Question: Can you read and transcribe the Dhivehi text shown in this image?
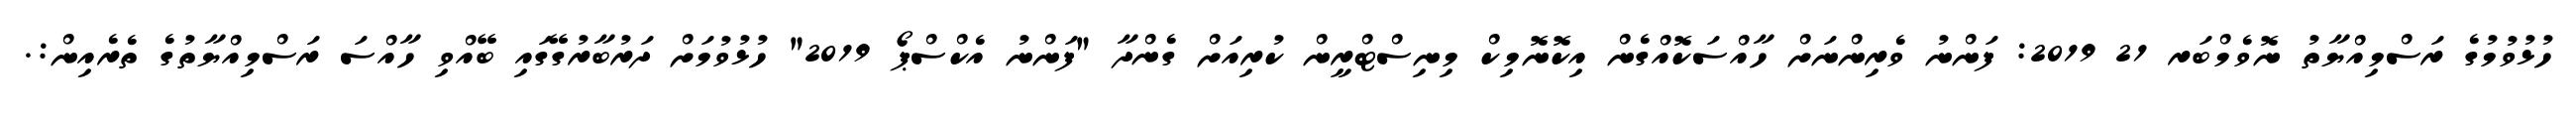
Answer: ހުޅުވުމުގެ ރަސްމިއްޔާތު ނޮވެމްބަރ 21 2019: ފަންނު ވެރިންނަށް ހާއްސަކޮއްގެން އިކޮނޮމިކް މިނިސްޓްރީން ކުރިއަށް ގެންދާ "ފަންނު އެކްސްޕޯ 2019" ހުޅުވުމަށް ދަރުބާރުގޭގައި ބޭއްވި ހާއްސަ ރަސްމިއްޔާތުގެ ތެރެއިން:.